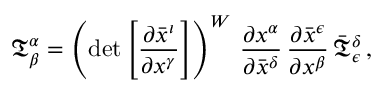
{ \mathfrak { T } } _ { \beta } ^ { \alpha } = \left( \operatorname* { d e t } { \left[ { \frac { \partial { \bar { x } } ^ { \iota } } { \partial { x } ^ { \gamma } } } \right] } \right) ^ { W } \, { \frac { \partial { x } ^ { \alpha } } { \partial { \bar { x } } ^ { \delta } } } \, { \frac { \partial { \bar { x } } ^ { \epsilon } } { \partial { x } ^ { \beta } } } \, { \bar { \mathfrak { T } } } _ { \epsilon } ^ { \delta } \, ,